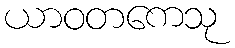
ယာဝတကေသု